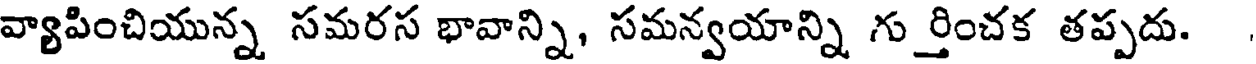
వ్యాపించియున్న సమరస భావాన్ని, సమన్వయాన్ని గుర్తించక తప్పదు.